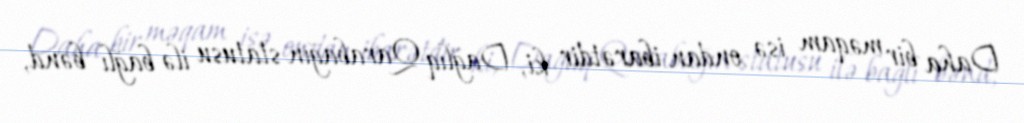
Daha bir məqam isə ondan ibarətdir ki, Dağlıq Qarabağın statusu ilə bağlı bənd,